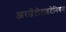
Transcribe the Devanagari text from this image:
आरजेंटोटाइटेनियम